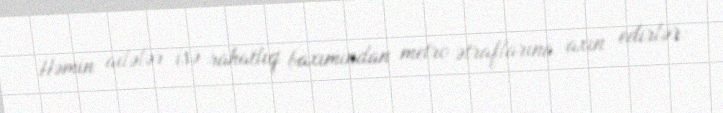
Həmin ailələr isə rahatlıq baxımından metro ətraflarına axın edirlər: